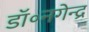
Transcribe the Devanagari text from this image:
डॉ॰नगेन्द्र